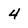
Character: 4